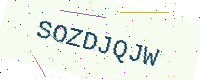
Text: SOZDJQJW